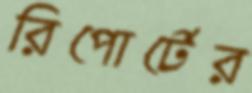
রিপোর্টের